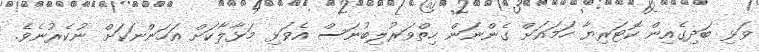
ވަޅި ބަދިގެއިން ކޮޓަރިޔާ ހަމައަށް ގެންނަން ހިތްވަރުލިބުނަސް އެވަޅި މަޅާލާކަށް އަހަންނަކަށް ނުކެރުނެވެ.